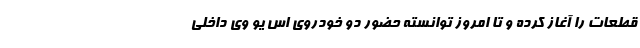
قطعات را آغاز کرده و تا امروز توانسته حضور دو خودروی اس یو وی داخلی